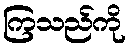
ကြသည်ကို